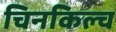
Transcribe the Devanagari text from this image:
चिनकिल्च